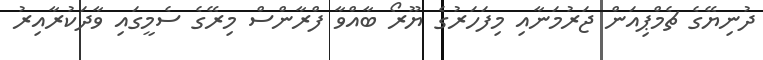
ދުނިޔޭގެ ޗެމްޕިއަން ޖަރުމަނާއި މިފަހަރުގެ ޔޫރޯ ބާއްވާ ފްރާންސް މިރޭގެ ސެމީގައި ވާދަކުރާއިރު